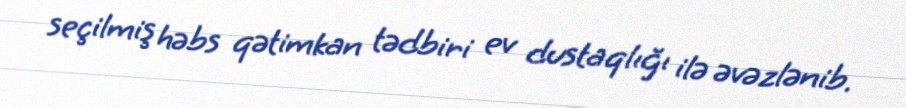
seçilmiş həbs qətimkan tədbiri ev dustaqlığı ilə əvəzlənib.